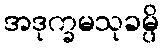
အဒုက္ခမသုခမ္ပိ